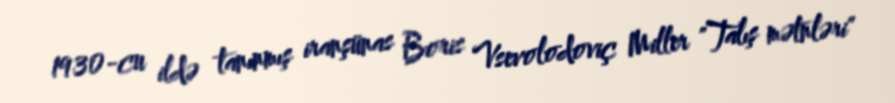
1930-cu ildə tanınmış iranşünas Boris Vsevolodoviç Miller "Talış mətnləri"